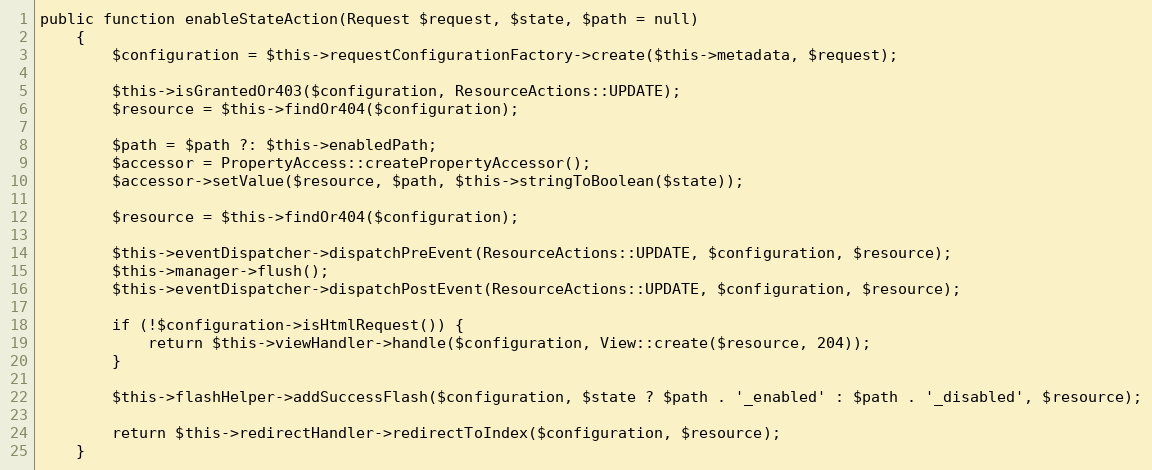
Language: PHP
public function enableStateAction(Request $request, $state, $path = null)
    {
        $configuration = $this->requestConfigurationFactory->create($this->metadata, $request);

        $this->isGrantedOr403($configuration, ResourceActions::UPDATE);
        $resource = $this->findOr404($configuration);

        $path = $path ?: $this->enabledPath;
        $accessor = PropertyAccess::createPropertyAccessor();
        $accessor->setValue($resource, $path, $this->stringToBoolean($state));

        $resource = $this->findOr404($configuration);

        $this->eventDispatcher->dispatchPreEvent(ResourceActions::UPDATE, $configuration, $resource);
        $this->manager->flush();
        $this->eventDispatcher->dispatchPostEvent(ResourceActions::UPDATE, $configuration, $resource);

        if (!$configuration->isHtmlRequest()) {
            return $this->viewHandler->handle($configuration, View::create($resource, 204));
        }

        $this->flashHelper->addSuccessFlash($configuration, $state ? $path . '_enabled' : $path . '_disabled', $resource);

        return $this->redirectHandler->redirectToIndex($configuration, $resource);
    }